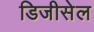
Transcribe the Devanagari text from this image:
डिजीसेल